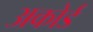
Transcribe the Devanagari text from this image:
अकोर्ड